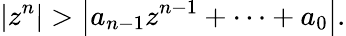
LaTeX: \left|z^{n}\right|>\left|a_{n-1}z^{n-1}+\cdots+a_{0}\right|.